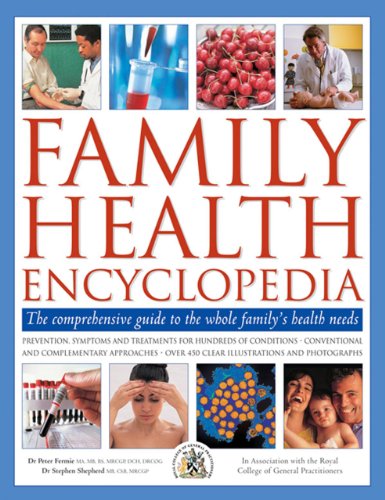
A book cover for Family Health Encyclopedia: The Comprehensive Guide To The Whole Family's Health Needs, In Association With The Royal College of General Practitioners; Peter Fermie; Health, Fitness & Dieting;